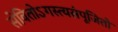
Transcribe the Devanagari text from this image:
सेवितोऽगस्त्यसंपूजितो